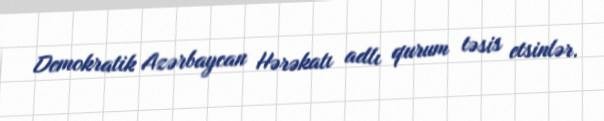
Demokratik Azərbaycan Hərəkatı adlı qurum təsis etsinlər.